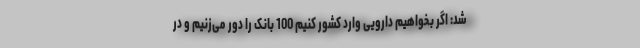
شد: اگر بخواهیم دارویی وارد کشور کنیم 100 بانک را دور می‌زنیم و در